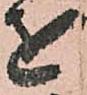
を